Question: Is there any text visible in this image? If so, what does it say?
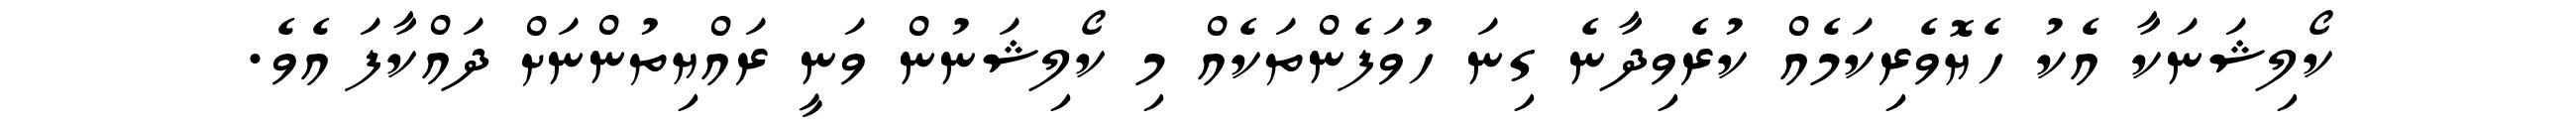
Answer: ކޯލިޝަނަކާ އެކު ހެޔޮވެރިކަމެއް ކުރެވިދާނެ ގިނަ ހުވަފެންތަކެއް މި ކޯލިޝަނުން ވަނީ ރައްޔިތުންނަށް ދައްކާފަ އެވެ.